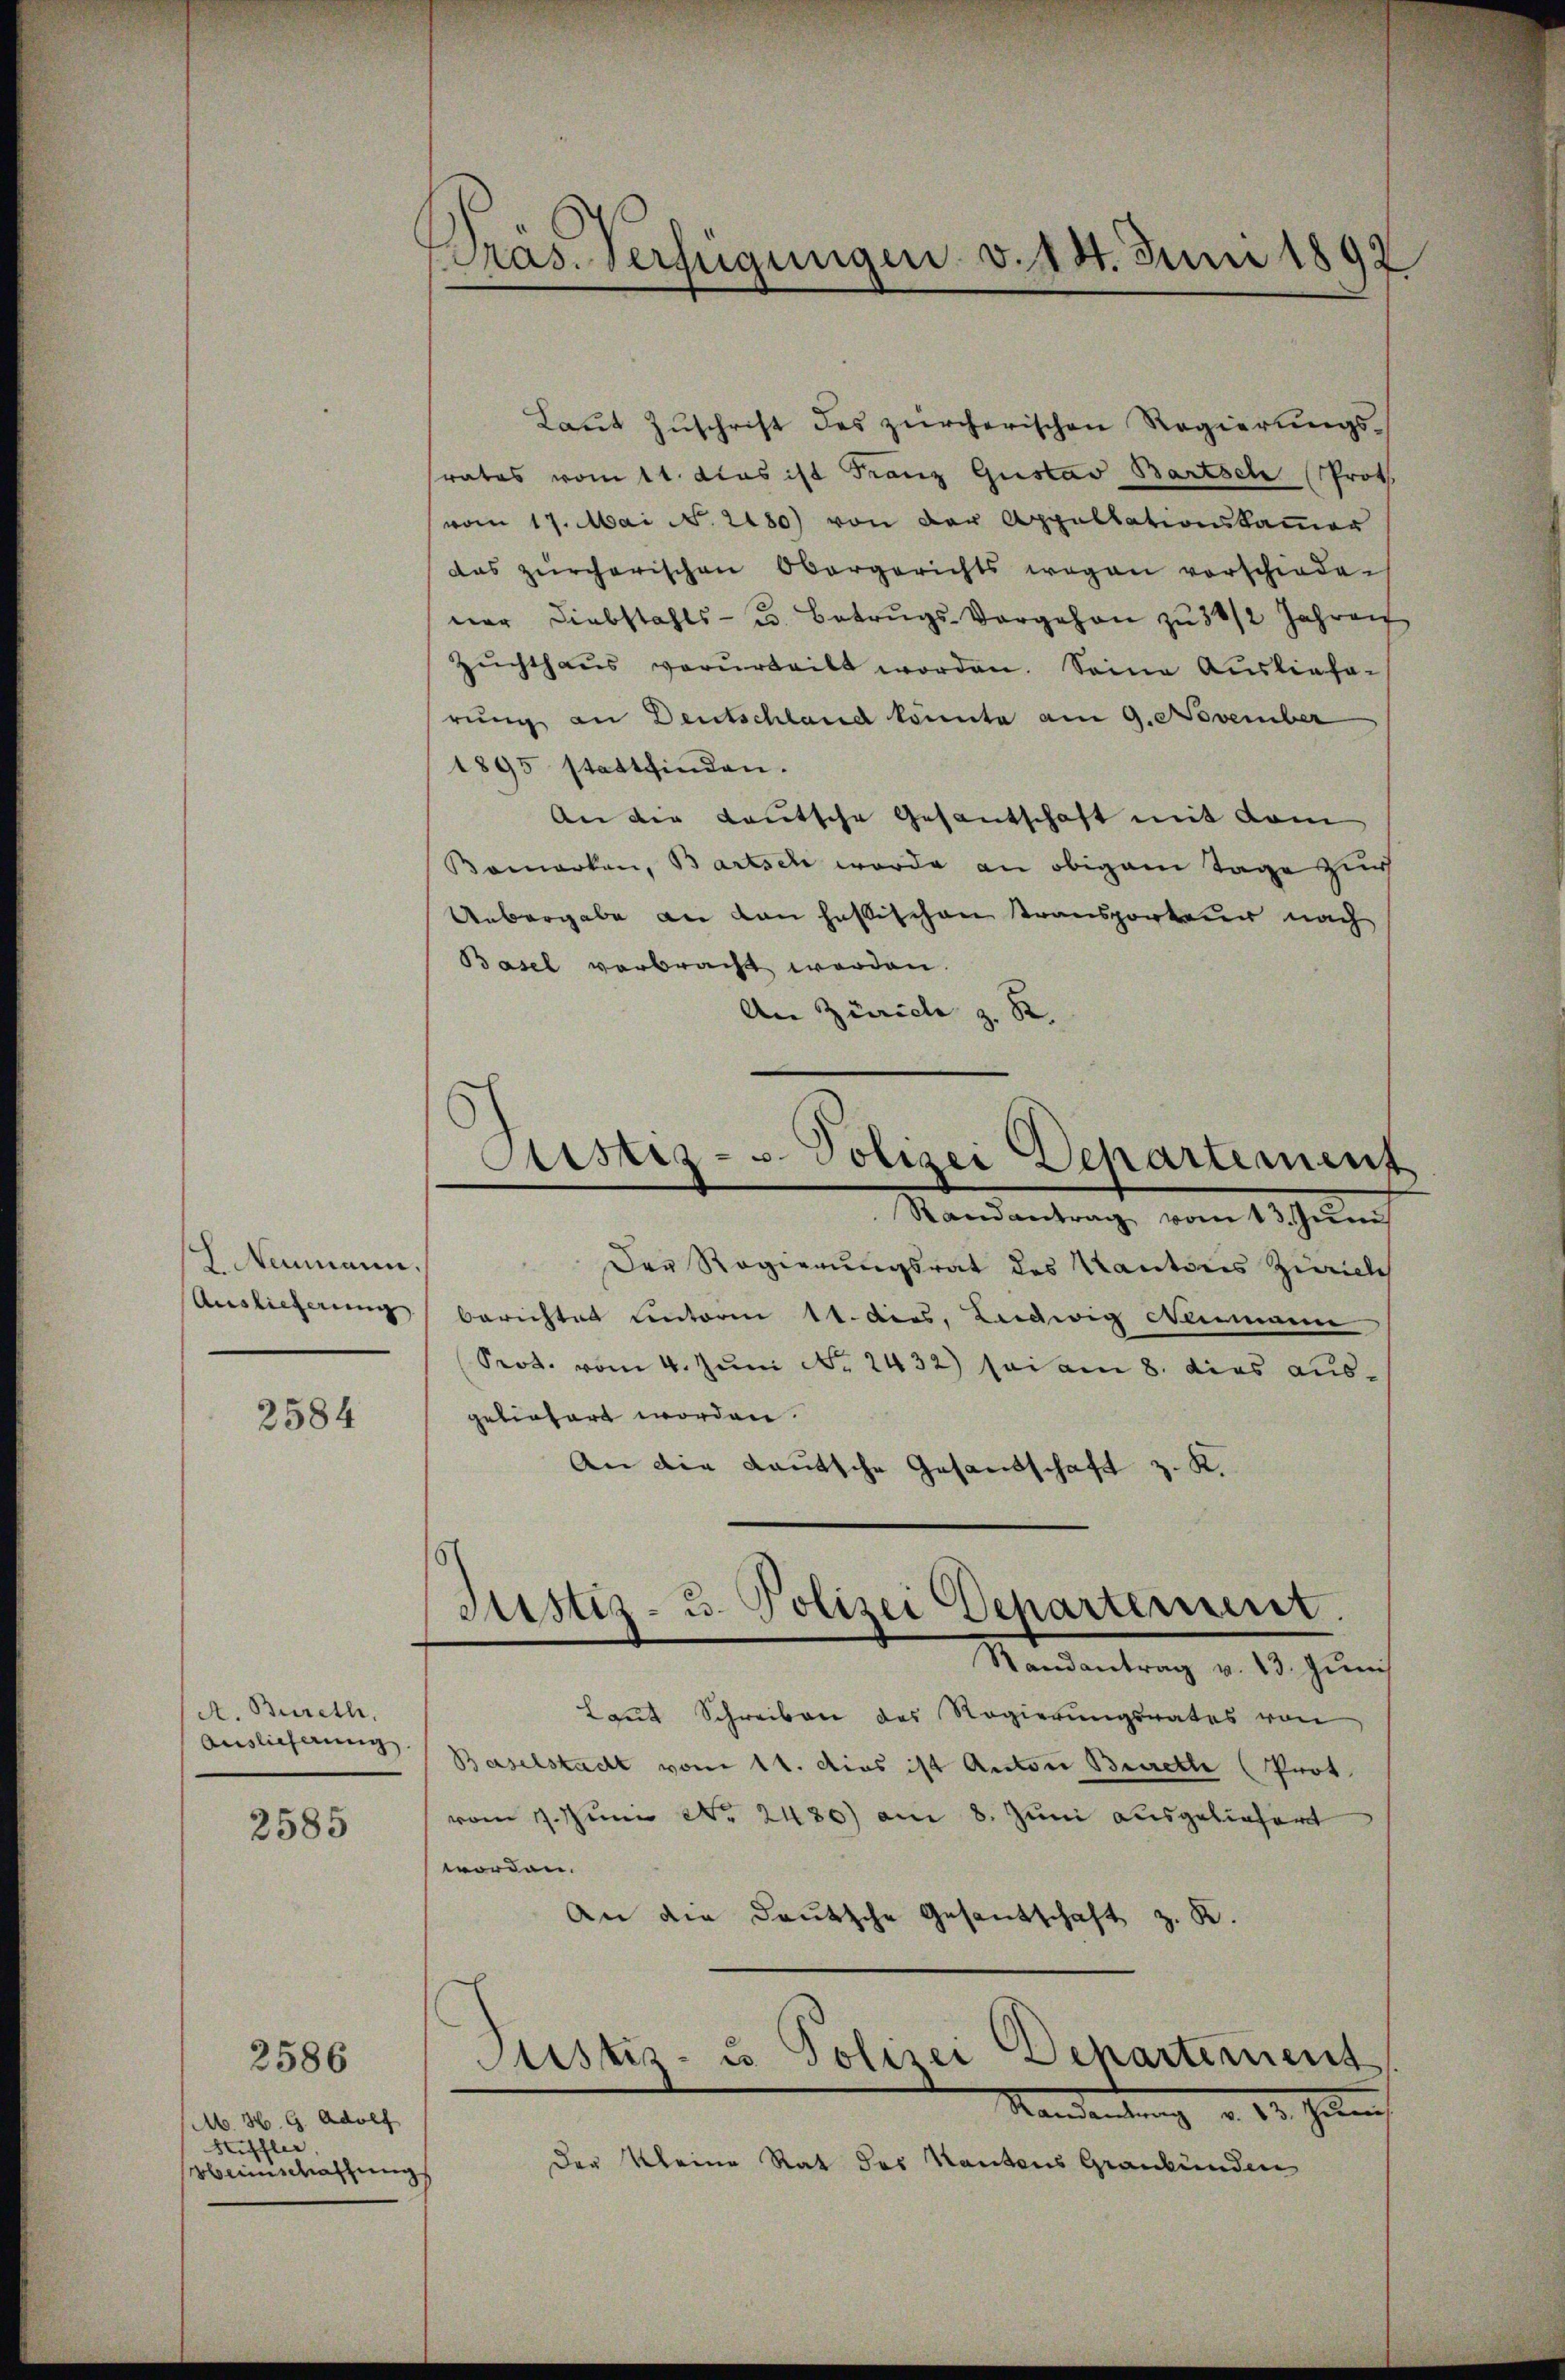
L. Neumann.
Auslieferung

2584

A. Bureth,
Auslieferung

2585

2586

M. H. G. Adolf
Stiffler
Weinschaffung

Präs. Verfügungen v. 14. Juni 1892

Laut Zuschrift des zürcherischen Regierungs-
rates vom 11. das ist Franz Gustav Bartsch Prot
(vom 17. Mai N. 2180) von der Appellationskammer
das zürcherischen Obergerichts wegen vorschieden
ner Liebstahls- u. Betrugs-Vorgehen zu 3 1/2 Jahren
Zŭchthaŭs verurteilt worden. Seine Auslieferung an Deutschland könnte am 9. November
1895 stattfinden.
An der Lautsche Gesantschaft mit dem
Bemerken, Bartsch werde an obigem Tage zur
Uebergabe an den hastischen Transporteur nach
Basel verbracht worden.
An Zürich z. R.
Randantrag vom 13. Jŭni
Der Regierungsrat des Kantons Zürich
berichtet unterm 11. dies, Ludwig Neumann
Prot. vom 4. Juni No 1432) sei am 8. dies ausgelinhart worden.
An die Lautsche Gesandschaft z. K.
Mandantrag v. 13. Jung
Laut Schreiben des Regierungsrates von
Baselstadt vom 11. dies ist Anton Burette (Prot
vom 17. Jun No. 2480) am 8. Juni ausgeliefert
worden.
An die deutsche Gesantschaft z. K.
Mandantung d. 13. Janu
Der Kleine Rat des Kantons Graubünden

Justiz- u. Polizei Departement

Justiz- u. Polizei Departement.

Justiz- u. Polizei Departement